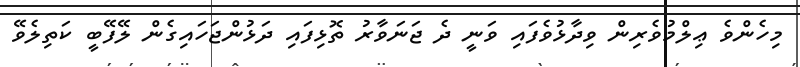
މިހެންވެ ޢިލްމުވެރިން ވިދާޅުވެފައި ވަނީ ދެ ޖަނަވާރު ތޮޅިފައި ދަޅުންޖަހައިގެން ލޭފޭބީ ކަތިލެވޭ